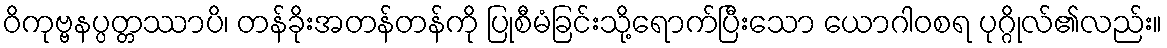
ဝိကုဗ္ဗနပ္ပတ္တဿာပိ၊ တန်ခိုးအတန်တန်ကို ပြုစီမံခြင်းသို့ရောက်ပြီးသော ယောဂါဝစရ ပုဂ္ဂိုလ်၏လည်း။